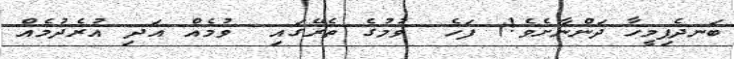
ބަނދެފިމީހާ ދަންނާށެވެ!) ފަހެ  ވުމުގެ ތެރޭގައި  ވުމެއް އަދި އުރެދުމެއް